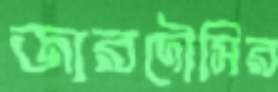
জারদৌসির